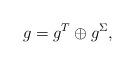
LaTeX: \begin{align*}g=g^T\oplus g^\Sigma,\end{align*}